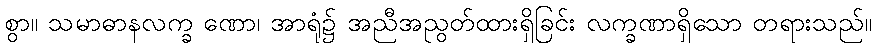
စွာ။ သမာဓာနလက္ခ ဏော၊ အာရုံ၌ အညီအညွတ်ထားရှိခြင်း လက္ခဏာရှိသော တရားသည်။